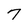
Character: 7